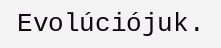
Evolúciójuk.